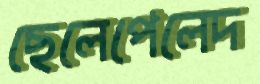
ছেলেপেলেদ